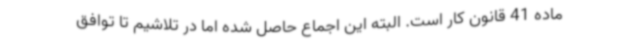
ماده 41 قانون کار است. البته این اجماع حاصل شده اما در تلاشیم تا توافق